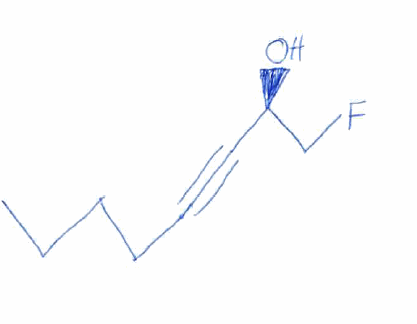
Simplified molecular-input line-entry system (SMILES) notation of the given molecule:
CCCCC#C[C@H](CF)O